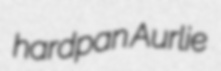
hardpan Aurlie